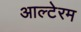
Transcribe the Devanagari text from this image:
आल्टेरम